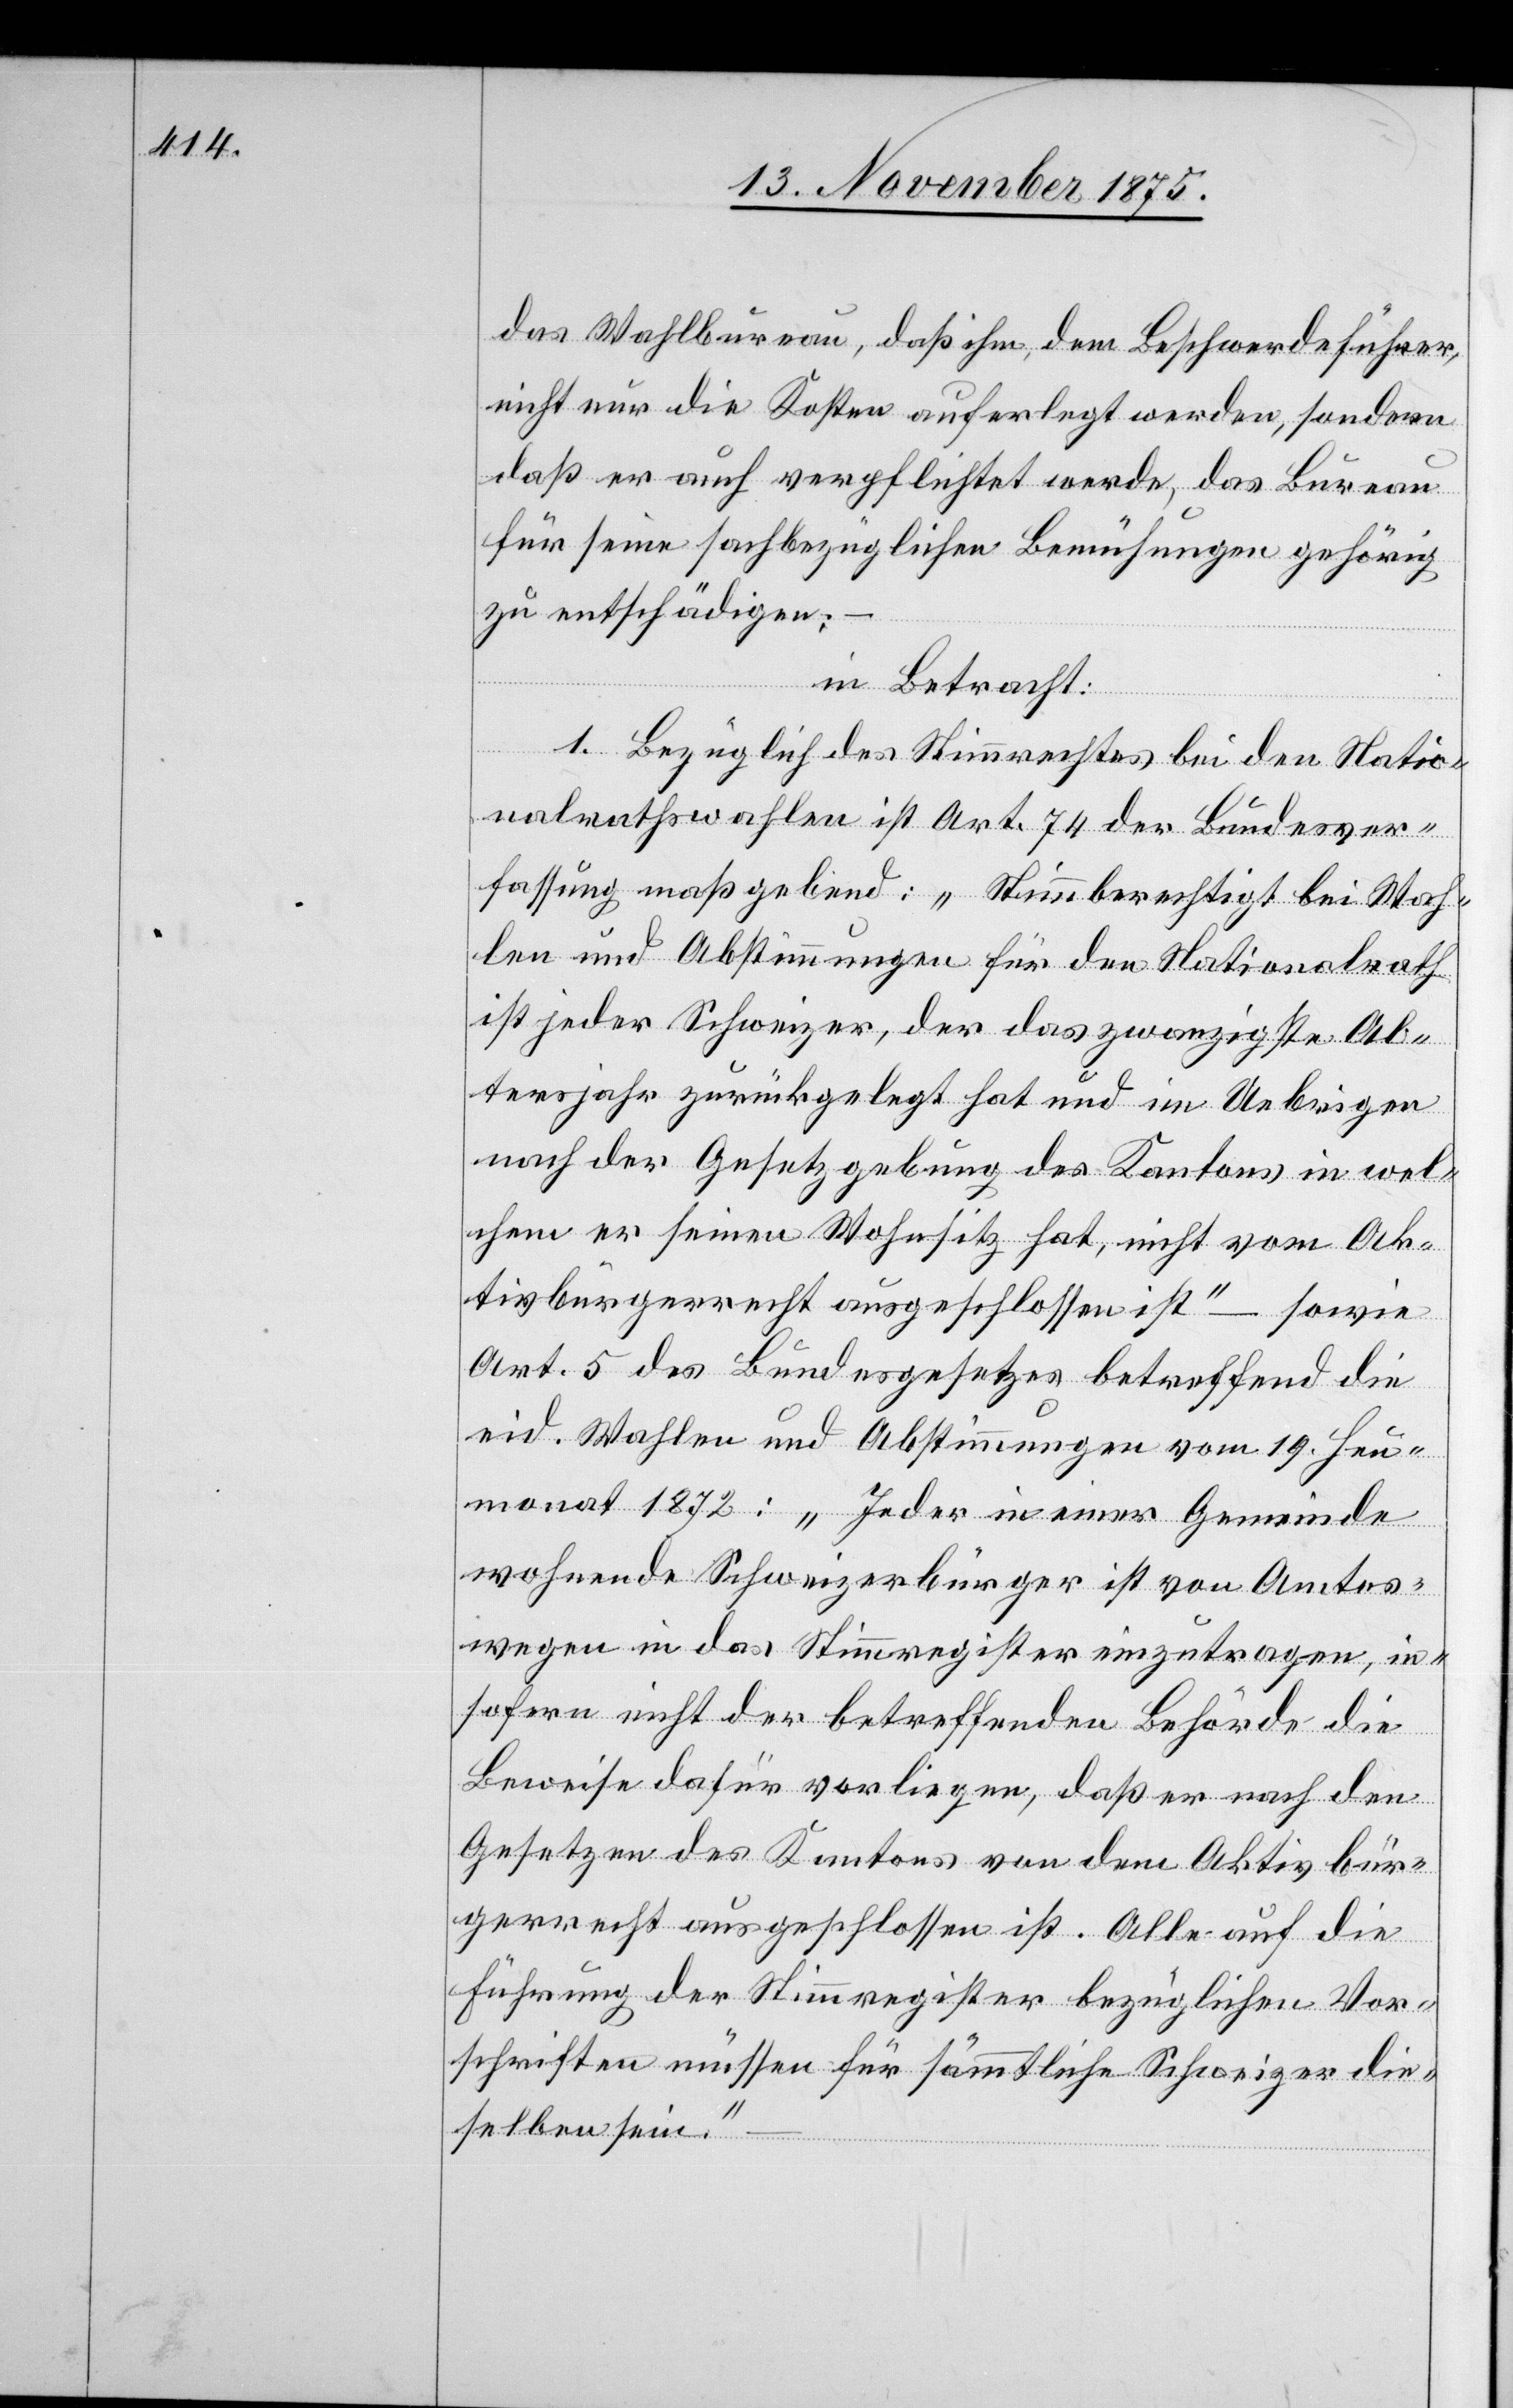
das Wahlbureau, daß ihm, dem Beschwerdeführer,
nicht nur die Kosten auferlegt werden, sondern
daß er auch verpflichtet werde, das Bureau
für seine sachbezüglichen Bemühungen gehörig
zu entschädigen;
in Betracht:
1. Bezüglich des Stimmrechtes bei den Natio¬
nalrathswahlen ist Art. 74 der Bundesver¬
fassung maßgebend: „Stimmberechtigt bei Wah¬
len und Abstimmungen für den Nationalrath
ist jeder Schweizer, der das zwanzigste Al¬
tersjahr zurückgelegt hat und im Uebrigen
nach der Gesetzgebung des Kantons in wel¬
chem er seinen Wohnsitz hat, nicht vom Ak¬
tivbürgerrecht ausgeschlossen ist“ – sowie
Art. 5 des Bundesgesetzes betreffend die
eid. Wahlen und Abstimmungen vom 19. Heu¬
monat 1872: „Jeder in einer Gemeinde
wohnende Schweizerbürger ist von Amtes¬
wegen in das Stimmregister einzutragen, in¬
sofern nicht der betreffenden Behörde die
Beweise dafür vorliegen, daß er nach den
Gesetzen des Kantons von dem Aktivbür¬
gerrecht ausgeschlossen ist. Alle auf die
Führung der Stimmregister bezüglichen Vor¬
schriften müssen für sämmtliche Schweizer die¬
selben sein.“